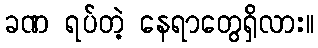
ခဏ ရပ်တဲ့ နေရာတွေရှိလား။